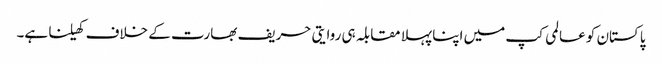
پاکستان کو عالمی کپ میں اپنا پہلا مقابلہ ہی روایتی حریف بھارت کے خلاف کھیلنا ہے۔